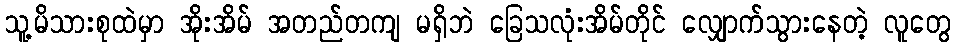
သူ့မိသားစုထဲမှာ အိုးအိမ် အတည်တကျ မရှိဘဲ ခြေသလုံးအိမ်တိုင် လျှောက်သွားနေတဲ့ လူတွေ